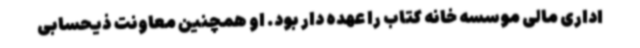
اداری مالی موسسه خانه کتاب را عهده دار بود. او همچنین معاونت ذیحسابی